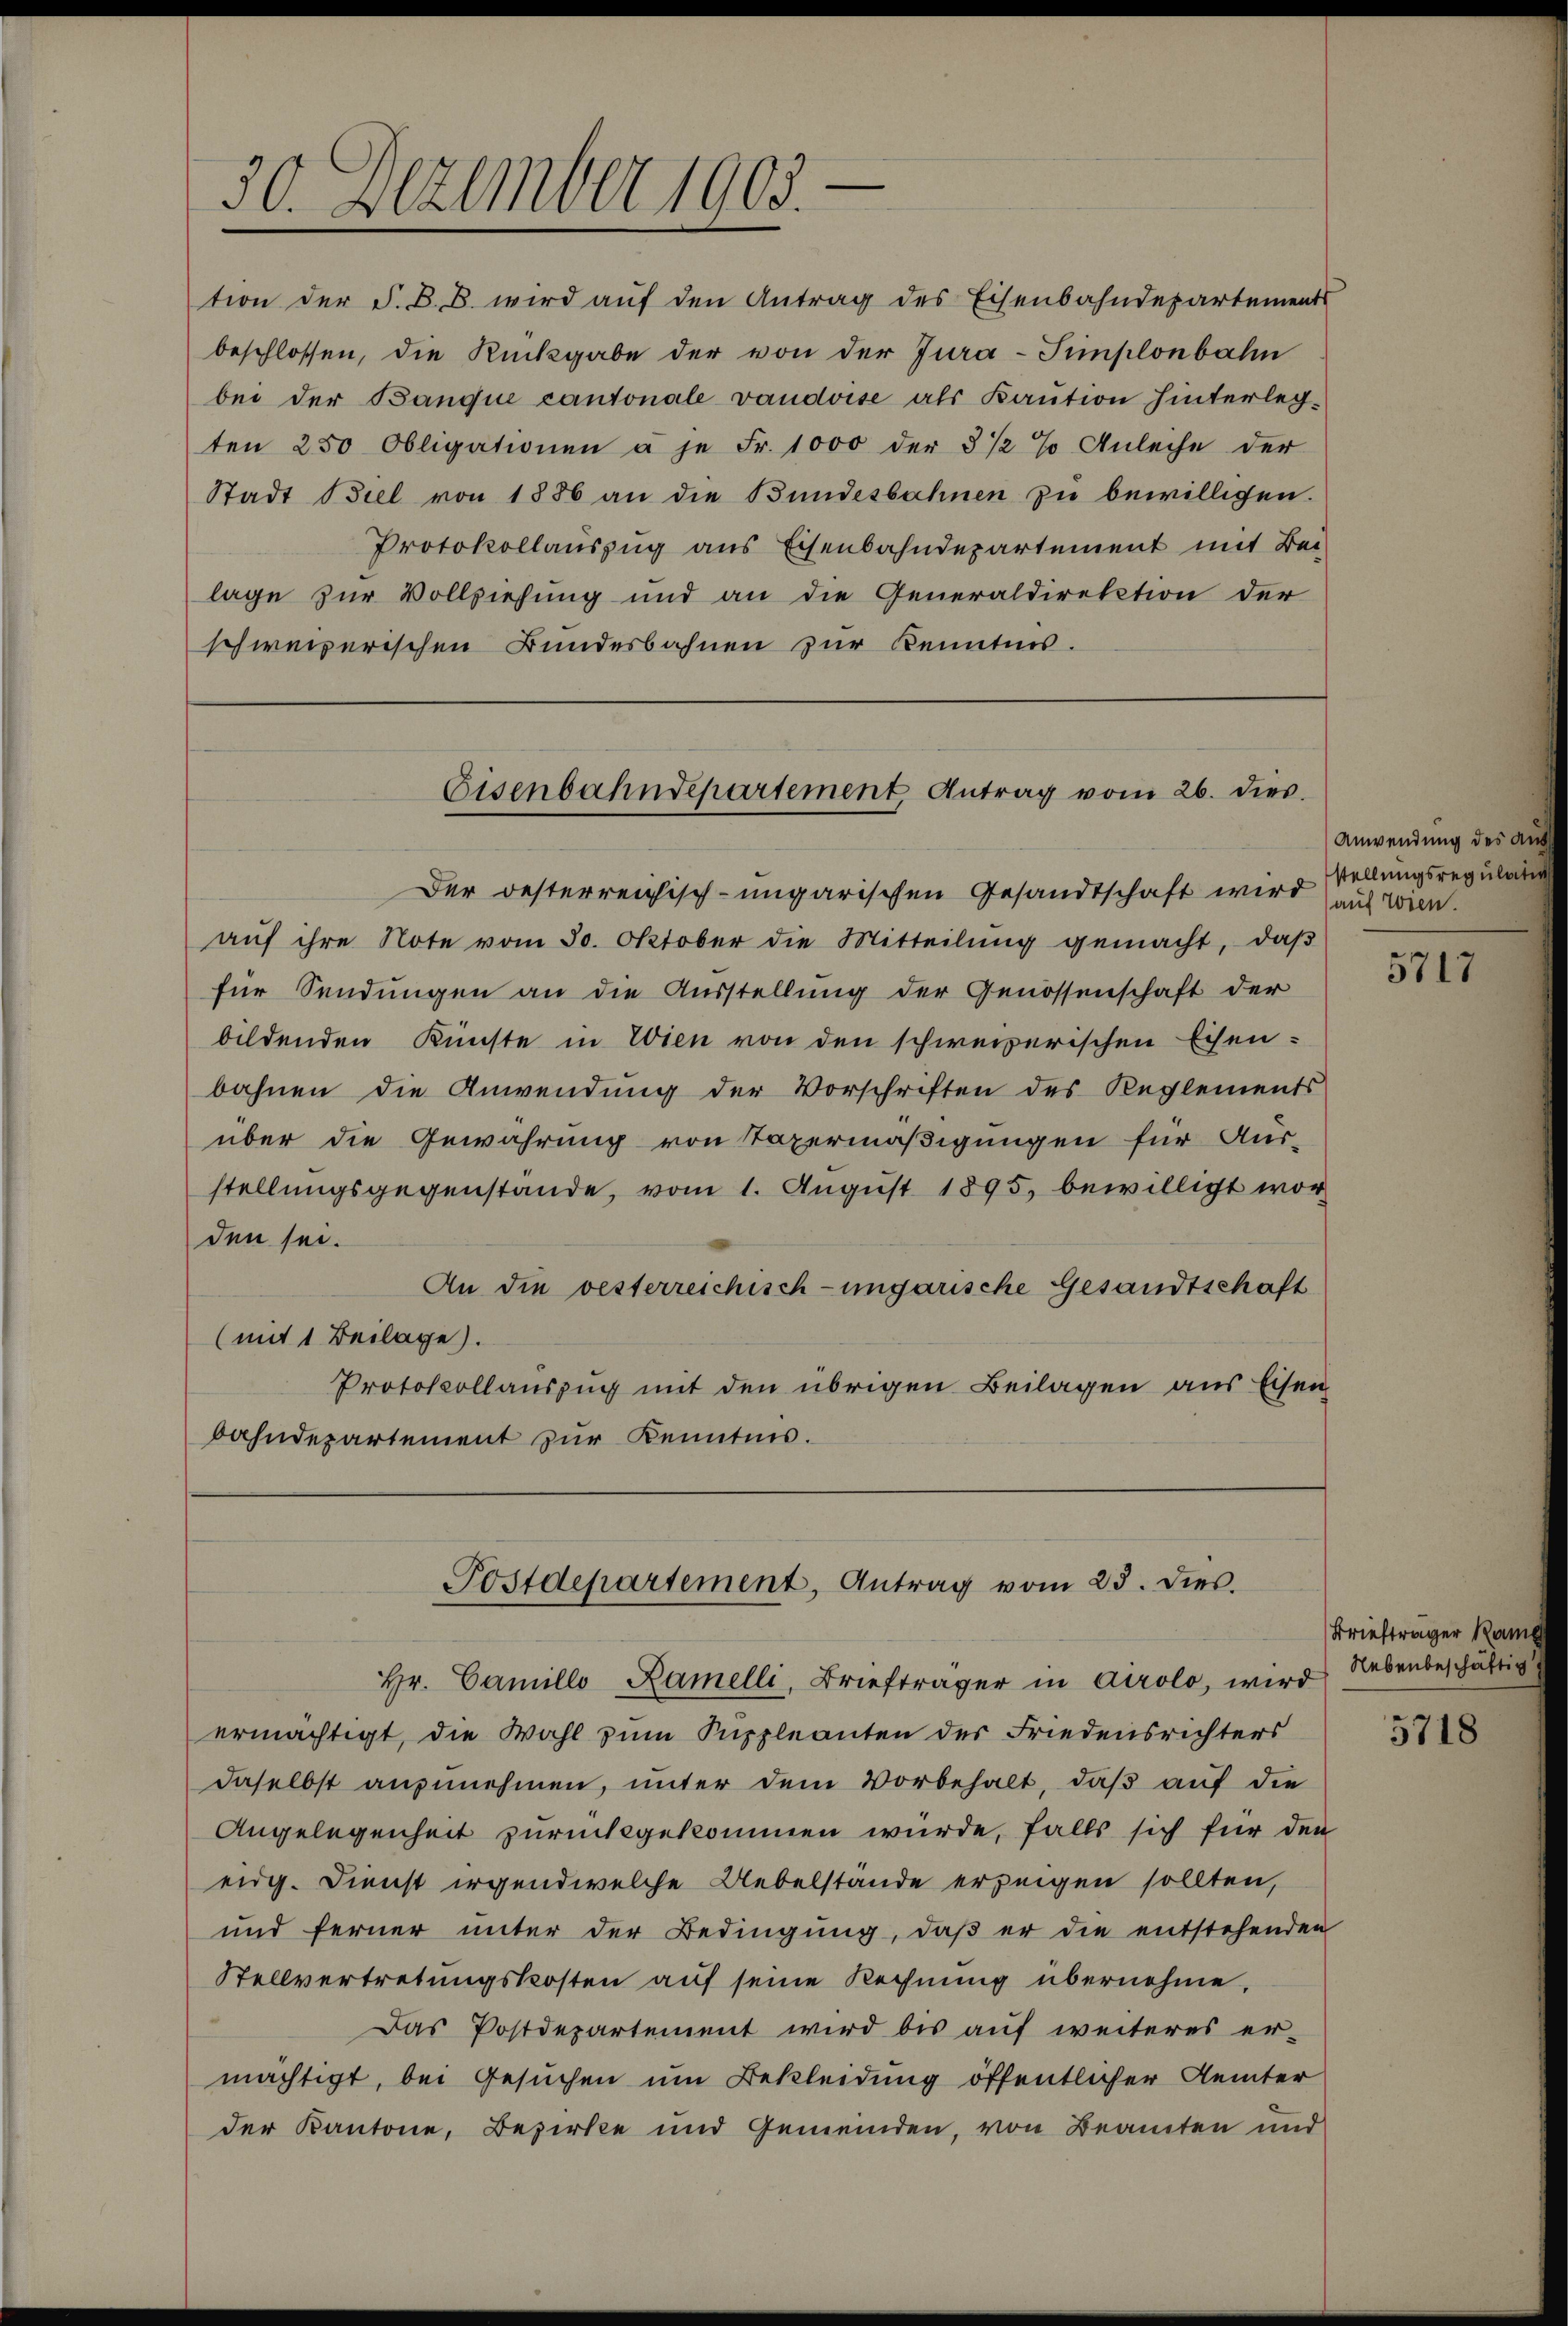
30. Dezember 1903.

tion der F. B. B. wird aŭf den Antrag des Eisenbahndepartements
beschlossen, die Rückgabe der von der Jura-Simplonbahn
bei der Banque cantonale vaudoise als Kaution hinterleg-
ten 250 Obligationen à je Fr. 1000 der 3 1/2 % Anleihe der
Stadt Biel von 1886 an die Bundesbahnen zu bewilligen.
Protokollauszug aus Eisenbahndepartement mit Bei-
lage zur Vollziehung und an die Generaldirektion der
schweizerischen Bundesbahnen zur Kenntnis.

Eisenbahndepartement Antrag vom 26. dies

Der oesterreichisch-ungarischen Gesandtschaft wird stellungsregular
aŭf ihre Note vom 30. Oktober die Mitteilŭng gemacht, daβ
für Sendungen an die Ausstellung der Genossenschaft der
bildenden Künste in Wien von den schweizerischen Eisen-
bahnen die Anwendung der Vorschriften des Reglements
über die Gewährung von Taxermäßigungen für Aus-
stellungsgegenstände, vom 1. August 1895, bewilligt worden sei.
An die vesterreichisch-ungarische Gesandtschaft
(mit 1 Beilage).
Protokollauszug mit den übrigen Beilagen aus Eisen
bahndepartement zur Kenntnis.

Postdepartement, Antrag vom 23. dies

Hr. Camillo Zamelli, Briefträger in Airolo, wird
ermächtigt, die Wahl zum Suppleanten der Friedensrichters
daselbst anzŭnehmen, unter dem Vorbehalt, daß auf die
Angelegenheit zurückgekommen würde, falls sich für den
eidg. Dienst irgendwelche Uebelstände erzeigen sollten,
und ferner ŭnter der Bedingŭng, daβ er die entstehenden
Stellvertretungskosten auf seine Rechnung übernehme,
Das Postdepartement wird bis auf weiteres er-
mächtigt, bei Gesuchen um Bekleidung öffentlicher Aemter
der Kantone, Bezirke und Gemeinden, von Beamten und

Anwendung des aus
auf Wien.

5717

Briefträger Ramp
Nebenbeschäftig

5718